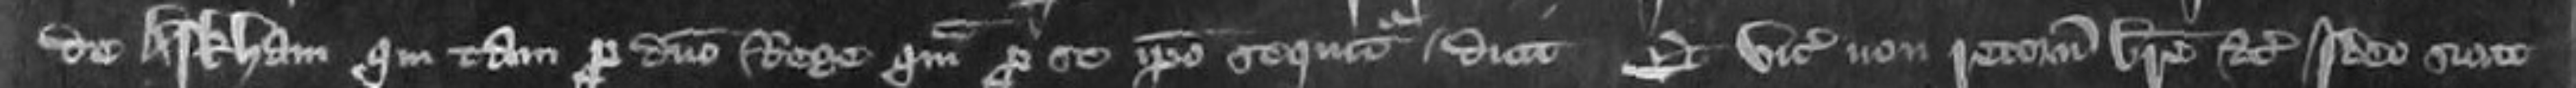
de Arkham qui tam pro domino Rege quam pro se ipso sequitur dicit Et vicecomes non retornavit breve etc ideo sicut